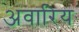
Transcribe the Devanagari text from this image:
अवारिय